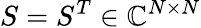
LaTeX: S=S^{T}\in\mathbb{C}^{N\times N}